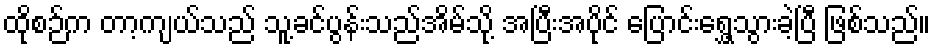
ထိုစဉ်က တာ့ကျယ်သည် သူ့ခင်ပွန်းသည်အိမ်သို့ အပြီးအပိုင် ပြောင်းရွှေ့သွားခဲ့ပြီ ဖြစ်သည်။